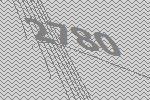
2780